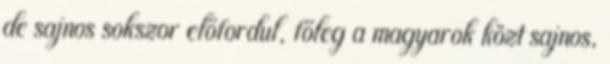
de sajnos sokszor előfordul, főleg a magyarok közt sajnos,